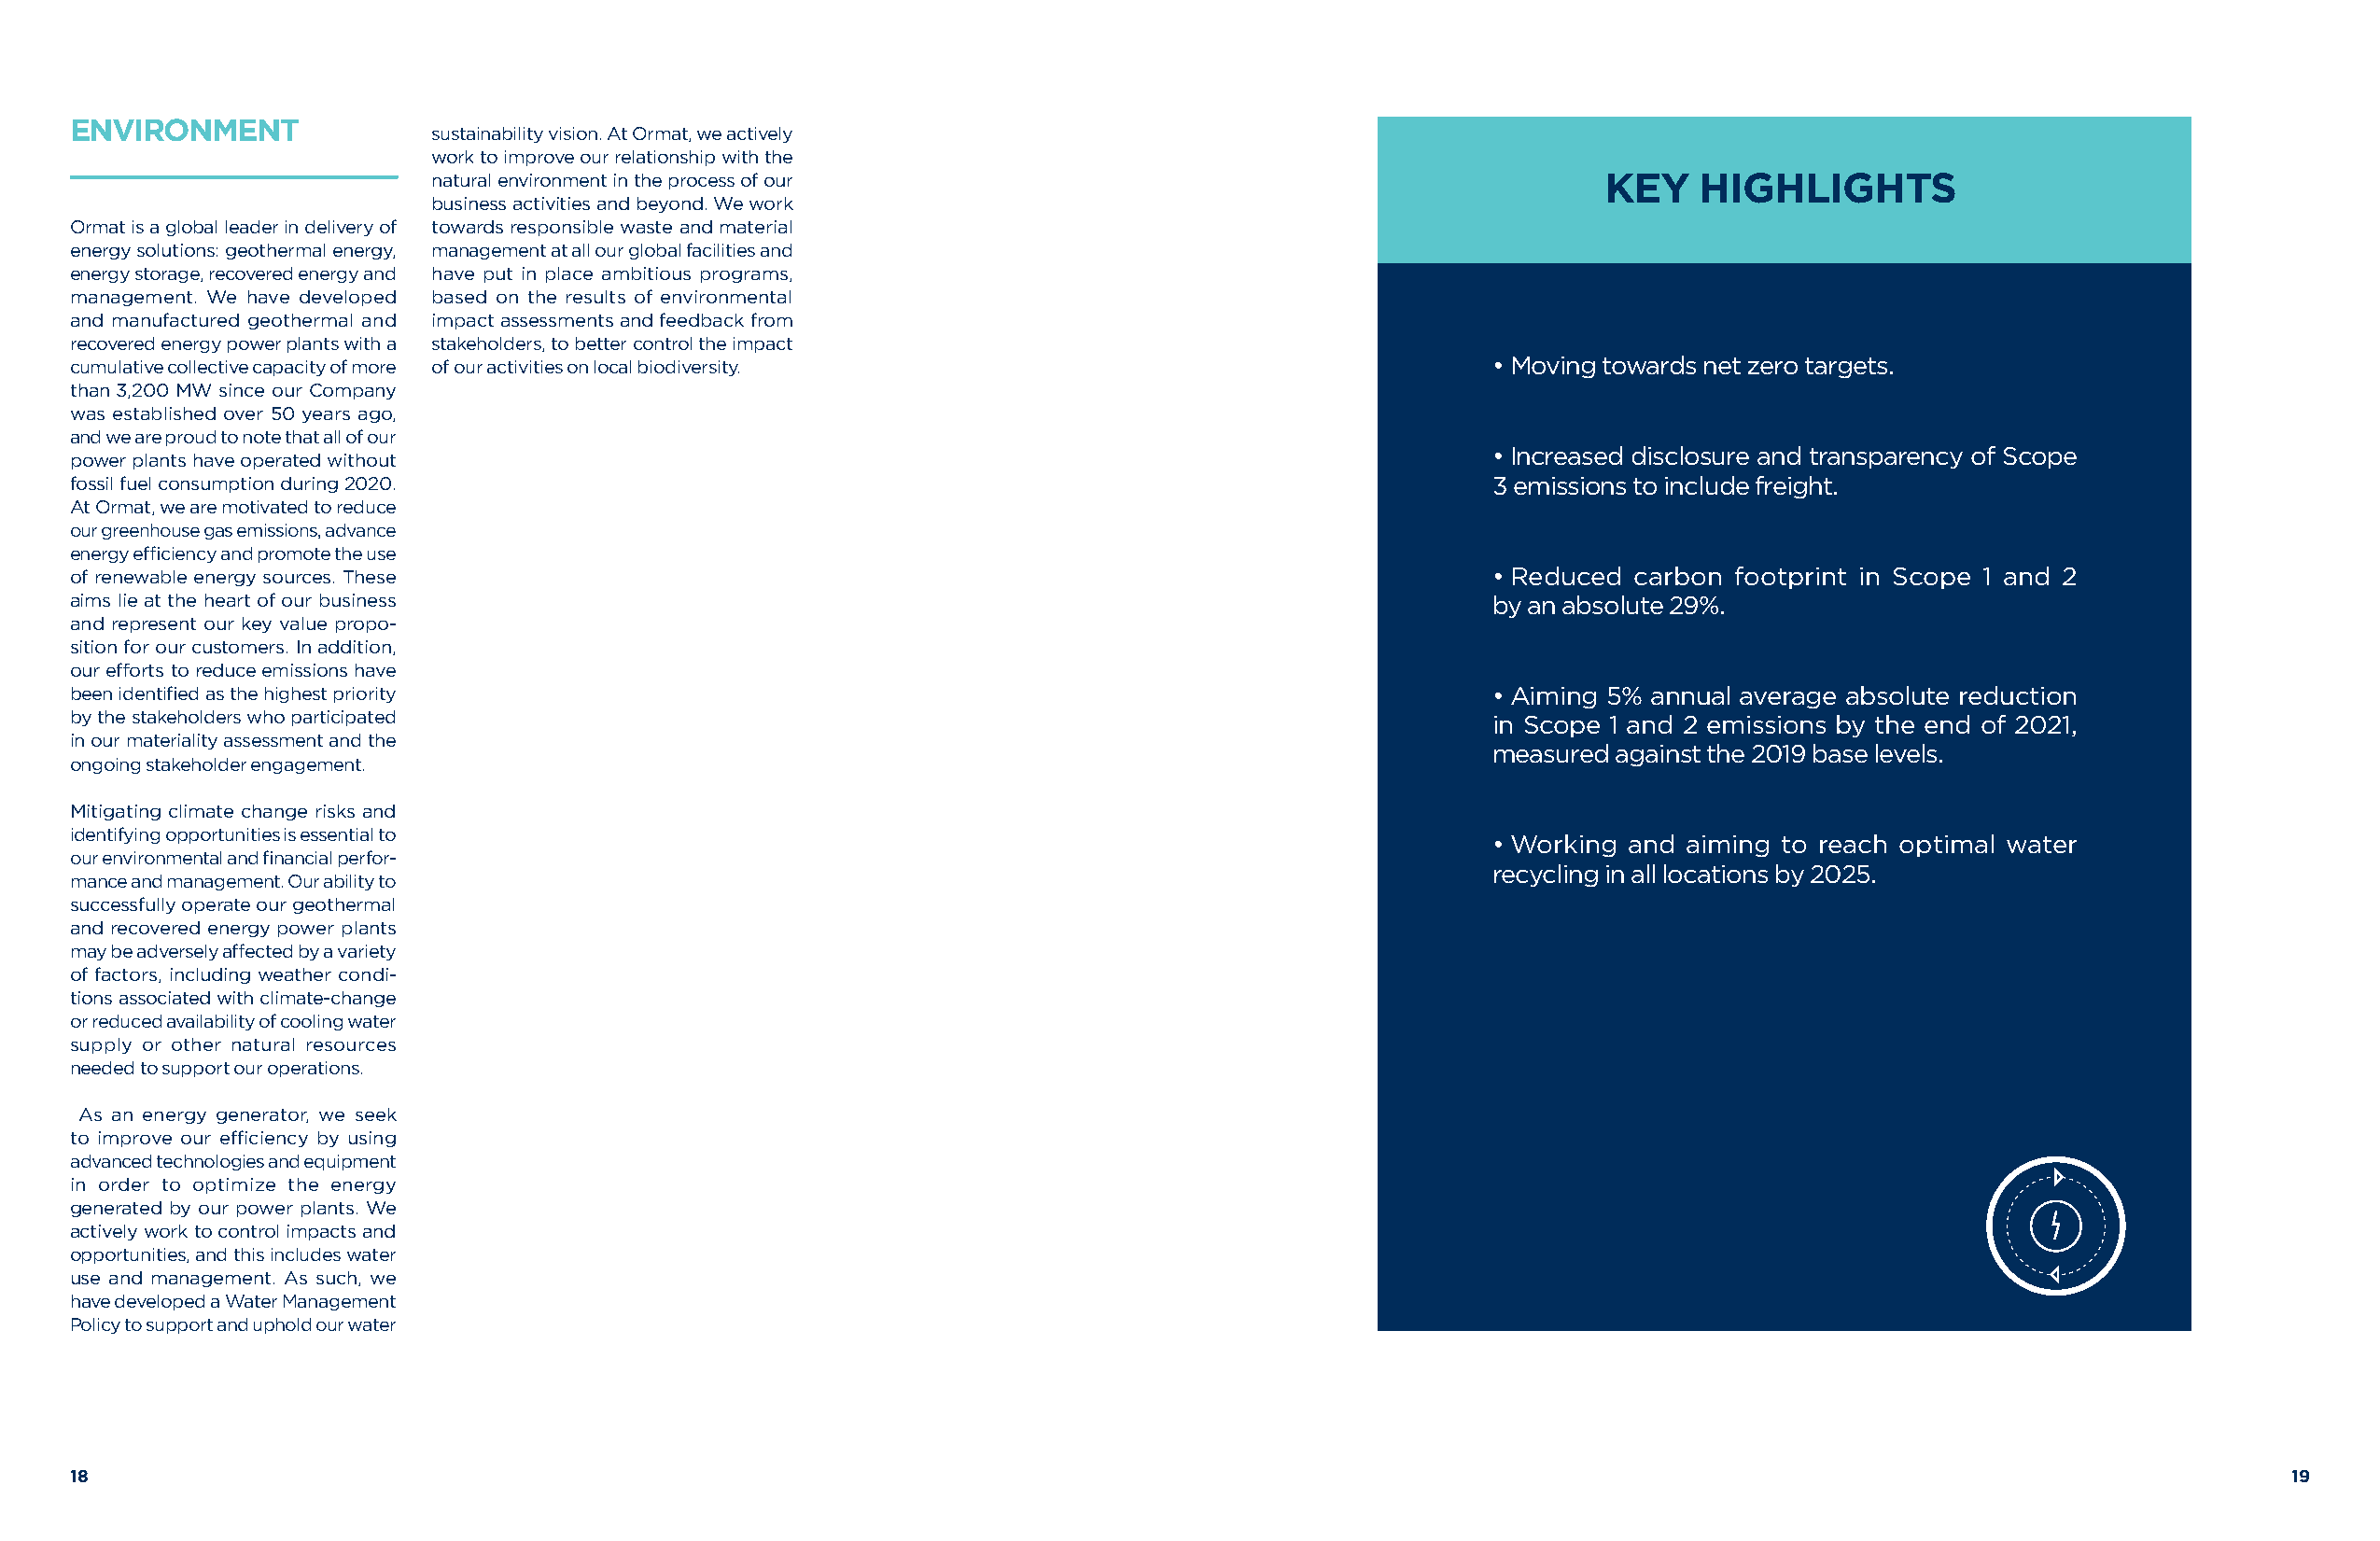
ENVIRONMENT
 sustainability vision. At Ormat, we actively
 work to improve our relationship with the
 natural environment in the process of our                                          KEY    HIGHLIGHTS
 business activities and beyond. We work
 Ormat is a global leader in delivery of towards responsible waste and material
 energy solutions: geothermal energy, management at all our global facilities and
 energy storage, recovered energy and have put in place ambitious programs,
 management. We have developed based on the results of environmental
 and manufactured geothermal and impact assessments and feedback from
 recovered energy power plants with a stakeholders, to better control the impact
 cumulative collective capacity of more of our activities on local biodiversity.                      • Moving towards net zero targets.
 than 3,200 MW since our Company
 was established over 50 years ago,
 and we are proud to note that all of our
 • Increased disclosure and transparency of Scope
 power plants have operated without
 fossil fuel consumption during 2020.                                                                 3 emissions to include freight.
 At Ormat, we are motivated to reduce
 our greenhouse gas emissions, advance
 energy efficiency and promote the use
 of renewable energy sources. These                                                                   • Reduced carbon footprint in Scope 1 and 2
 aims lie at the heart of our business                                                                by an absolute 29%.
 and represent our key value propo-
 sition for our customers. In addition,
 our efforts to reduce emissions have
 been identified as the highest priority                                                              • Aiming 5% annual average absolute reduction
 by the stakeholders who participated                                                                 in Scope 1 and 2 emissions by the end of 2021,
 in our materiality assessment and the
 measured against the 2019 base levels.
 ongoing stakeholder engagement.
 Mitigating climate change risks and
 identifying opportunities is essential to
 • Working and aiming to reach optimal water
 our environmental and financial perfor-
 recycling in all locations by 2025.
 mance and management. Our ability to
 successfully operate our geothermal
 and recovered energy power plants
 may be adversely affected by a variety
 of factors, including weather condi-
 tions associated with climate-change
 or reduced availability of cooling water
 supply or other natural resources
 needed to support our operations.
 As an energy generator, we seek
 to improve our efficiency by using
 advanced technologies and equipment
 in order to optimize the energy
 generated by our power plants. We
 actively work to control impacts and
 opportunities, and this includes water
 use and management. As such, we
 have developed a Water Management
 Policy to support and uphold our water
 18                                                                                                                                                            19